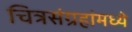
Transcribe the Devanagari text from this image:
चित्रसंग्रहांमध्ये